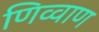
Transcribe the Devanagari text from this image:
णिव्वाण